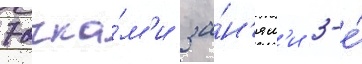
7 очка́м'и за́н'ял'и 3-е́